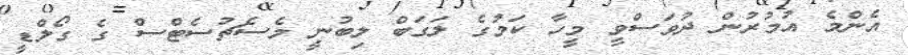
އެންމެ އުމުރުން ދުވަސްވީ މީހާ ކަމުގެ ލަގަބް ލިބުނީ މެސެޗުސެޓްސް ގެ ގޯލްޑީ